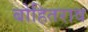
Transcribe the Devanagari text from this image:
बोहितराव